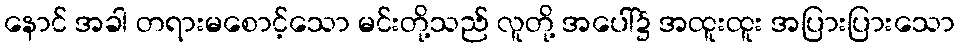
နောင် အခါ တရားမစောင့်သော မင်းတို့သည် လူတို့ အပေါ်၌ အထူးထူး အပြားပြားသော